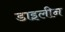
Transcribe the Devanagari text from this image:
डाइलीन